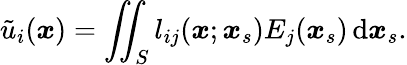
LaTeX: \tilde{{u}}_{i}(\boldsymbol{x})=\iint_{S}{l_{ij}(\boldsymbol{x};\boldsymbol{x}_{s})E_{j}(\boldsymbol{x}_{s})}\, \mathrm{d}\boldsymbol{x}_{s}.